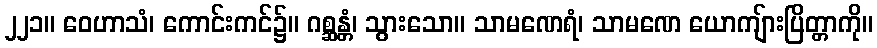
၂၂၁။ ဝေဟာသံ၊ ကောင်းကင်၌။ ဂစ္ဆန္တံ၊ သွားသော။ သာမဏေရံ၊ သာမဏေ ယောကျ်ားပြိတ္တာကို။